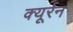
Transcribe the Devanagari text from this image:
क्यूर्रन